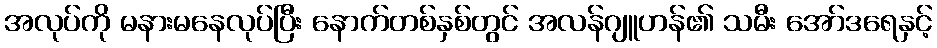
အလုပ်ကို မနားမနေလုပ်ပြီး နောက်တစ်နှစ်တွင် အလန်ဂျူဟန်၏ သမီး အော်ဒရေနှင့်